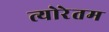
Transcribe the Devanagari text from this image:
त्योरेतम